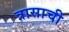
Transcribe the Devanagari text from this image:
त्रासाची